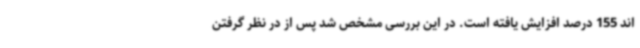
اند 155 درصد افزایش یافته است. در این بررسی مشخص شد پس از در نظر گرفتن